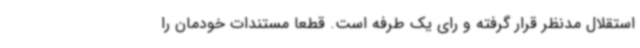
استقلال مدنظر قرار گرفته و رای یک طرفه است. قطعا مستندات خودمان را